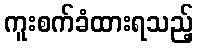
ကူးစက်ခံထားရသည့်